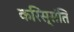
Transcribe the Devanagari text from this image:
करिस्संति